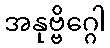
အနုဗ္ဗိဂ္ဂေါ